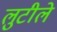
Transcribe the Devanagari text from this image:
लुटीले